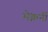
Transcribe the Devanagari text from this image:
मेक्नर्नी